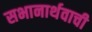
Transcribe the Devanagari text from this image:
सभानार्थवाची